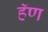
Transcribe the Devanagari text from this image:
हॅण